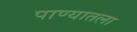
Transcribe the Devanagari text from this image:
पाण्यातला